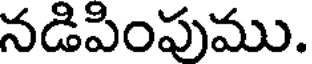
నడిపింపుము.